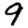
Digit: 9